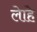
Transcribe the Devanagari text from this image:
लेाहे